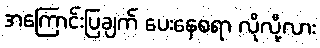
အကြောင်းပြချက် ပေးနေစရာ လိုလို့လား